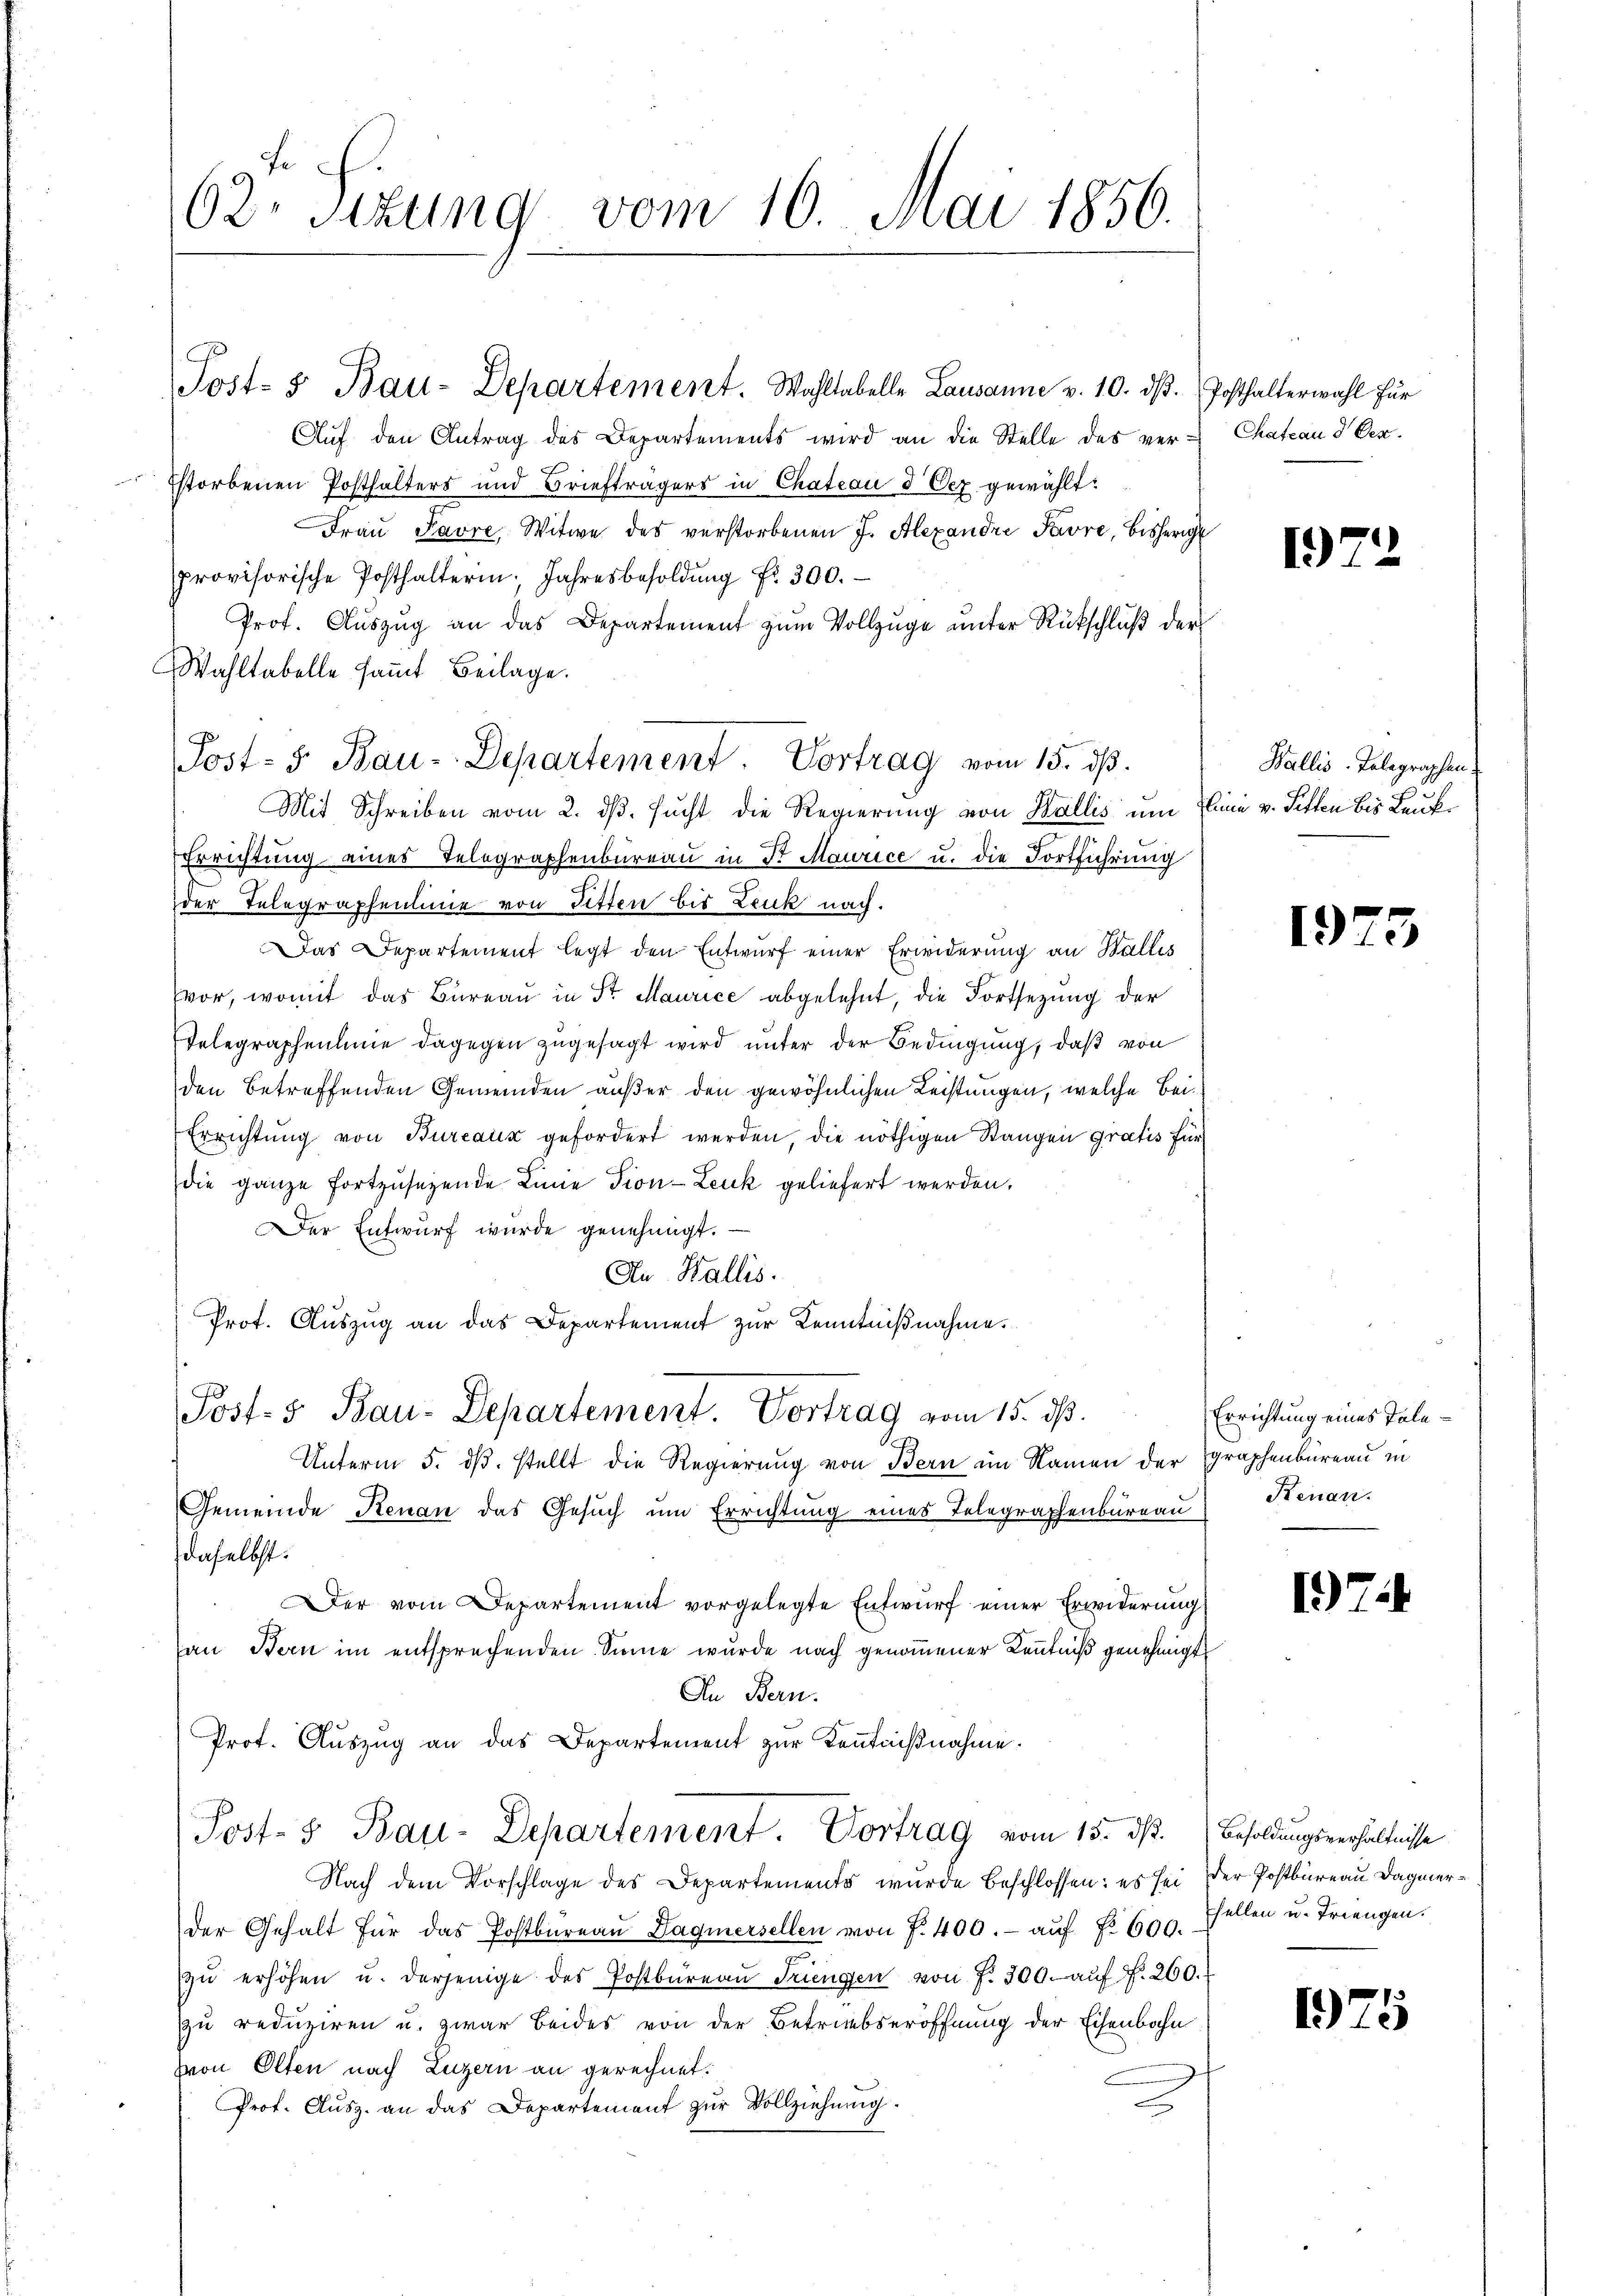
62. Sizung vom 16. Mai 1856.

Aŭf den Antrag des Departements wird an die Stelle des ver-Chateau d Oer¬
Estorbenen Posthalters und Briefträgers in Chateon 3 Dez gewählt:
Fraŭ Favre, Witwe des verstorbenen J. Alexandre Favre, bisherige
provisorische Posthalterin, Jahresbesoldŭng fr. 300.
Prof. Aŭszŭg an das Departement zŭm Vollzŭge ŭnter Rückschlŭβ der
Wahltabelle samt Beilage.
Mit Schreiben vom 2. ds. sucht die Regierung von Wallis um Eine v. Sitten bis Leukr
Errichtung eines Telegraphenbureau in St. Maurice u. die Fortführung
der Telegraphenlinie von Sitten bis Lenk nach.
Das Departement legt den Entwurf einer Erwiderung an Wallis
vor, womit das Büreaŭ in Sr Maurice abgelehnt, die Fortsetzŭng der
Telegraphenlinie dagegen zugesagt wird unter der Bedingung, daß von
den betreffenden Gemeinden außer den gewöhnlichen Leistungen, welche Bei¬
Errichtŭng von Bureaux gefordert werden, die nöthigen Stangen Gratis für
die ganze fortzusetzende Linie Tion-Leuk geliefert werden.
Der Entwurf wurde genehmigt.
An Wallis.
Prot. Auszug an das Departement zur Kenntnißnahme.
Post- 5. Bau-Departement. Vortrag vom 15. ds.
Unterm 5. ds. stellt die Regierung von Bern im Namen der graphenbureau in
Gemeinde Renau das Gesŭch ŭm Errichtung eines Telegraphenbureau) Benan
daselbst.
Der vom Departement vorgelegte Entwurf einer Erwiderung
an Bern im entsprechenden Sinne wurde nach genommener Kenntniß genehmigt
In Bern.
Prof. Aŭszŭg an das Departement zur Kenntnißnahme.
Post- & Bau-Departement. Vortrag vom 15. dß. Besoldungsverhältnisse
Nach dem Vorschlage des Departements wurde beschlossen: es sei der Postbureau dagmerder Gehalt für das Postbüreau Dagmersellen von f. 400. - auf No 600. Ehellen u. Triengen.
zŭ erhöhen u. derjenige des Postbüreaŭ Triengen von f. 300. aŭf f. 260.
zu reduziren u. zwar beides von der Betriebseröffnung der Eisenbahn
von Olten nach Luzern an gerechnet.
c
Prot. Aŭsz. an das Departement zŭr Vollziehung.

Post- & Bau-Departement. Wohltabelle Lausanne v. 10. dβ. Posthalterwahl für

Post- 5. Bau-Departement. Vortrag vom 15. ds.

1)

e

Wallis-Telegraphen

1973

Errichtung eines Tale¬

1)

1975